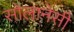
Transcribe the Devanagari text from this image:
सोलानेसी